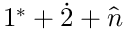
1 ^ { * } + \dot { 2 } + \hat { n }